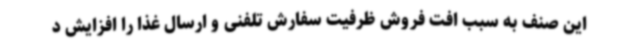
این صنف به سبب افت فروش ظرفیت سفارش تلفنی و ارسال غذا را افزایش د